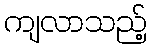
ကျလာသည့်